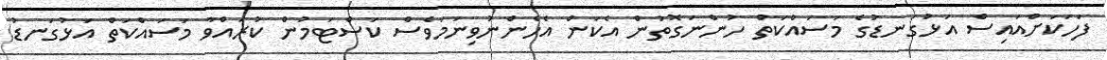
ފަހަކަށްއައިސް އަޅުގަނޑުގެ މަސައްކަތް ހުންނަގޮތުން އެކަން އެހެންނުވިނަމަވެސް ކަސްޓަމުން ކުރައްވާ މަސައްކަތް އަޅުގަނޑު